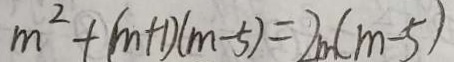
m ^ { 2 } + ( m + 1 ) ( m - 5 ) = 2 m ( m - 5 )